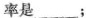
率是___；